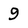
Character: 9